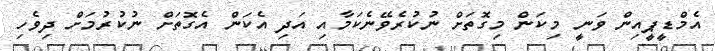
އެމްޑީޕީއިން ވަނީ މިކަން މިގޮތަށް ނުކުރެވޭނެކަމާއި އަދި އެކަން އެގޮތަށް ނުކުރުމަށް ދިވެހި